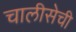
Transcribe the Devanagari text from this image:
चालीसेची